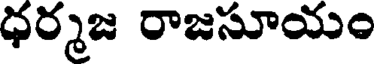
ధర్మజ రాజసూయం